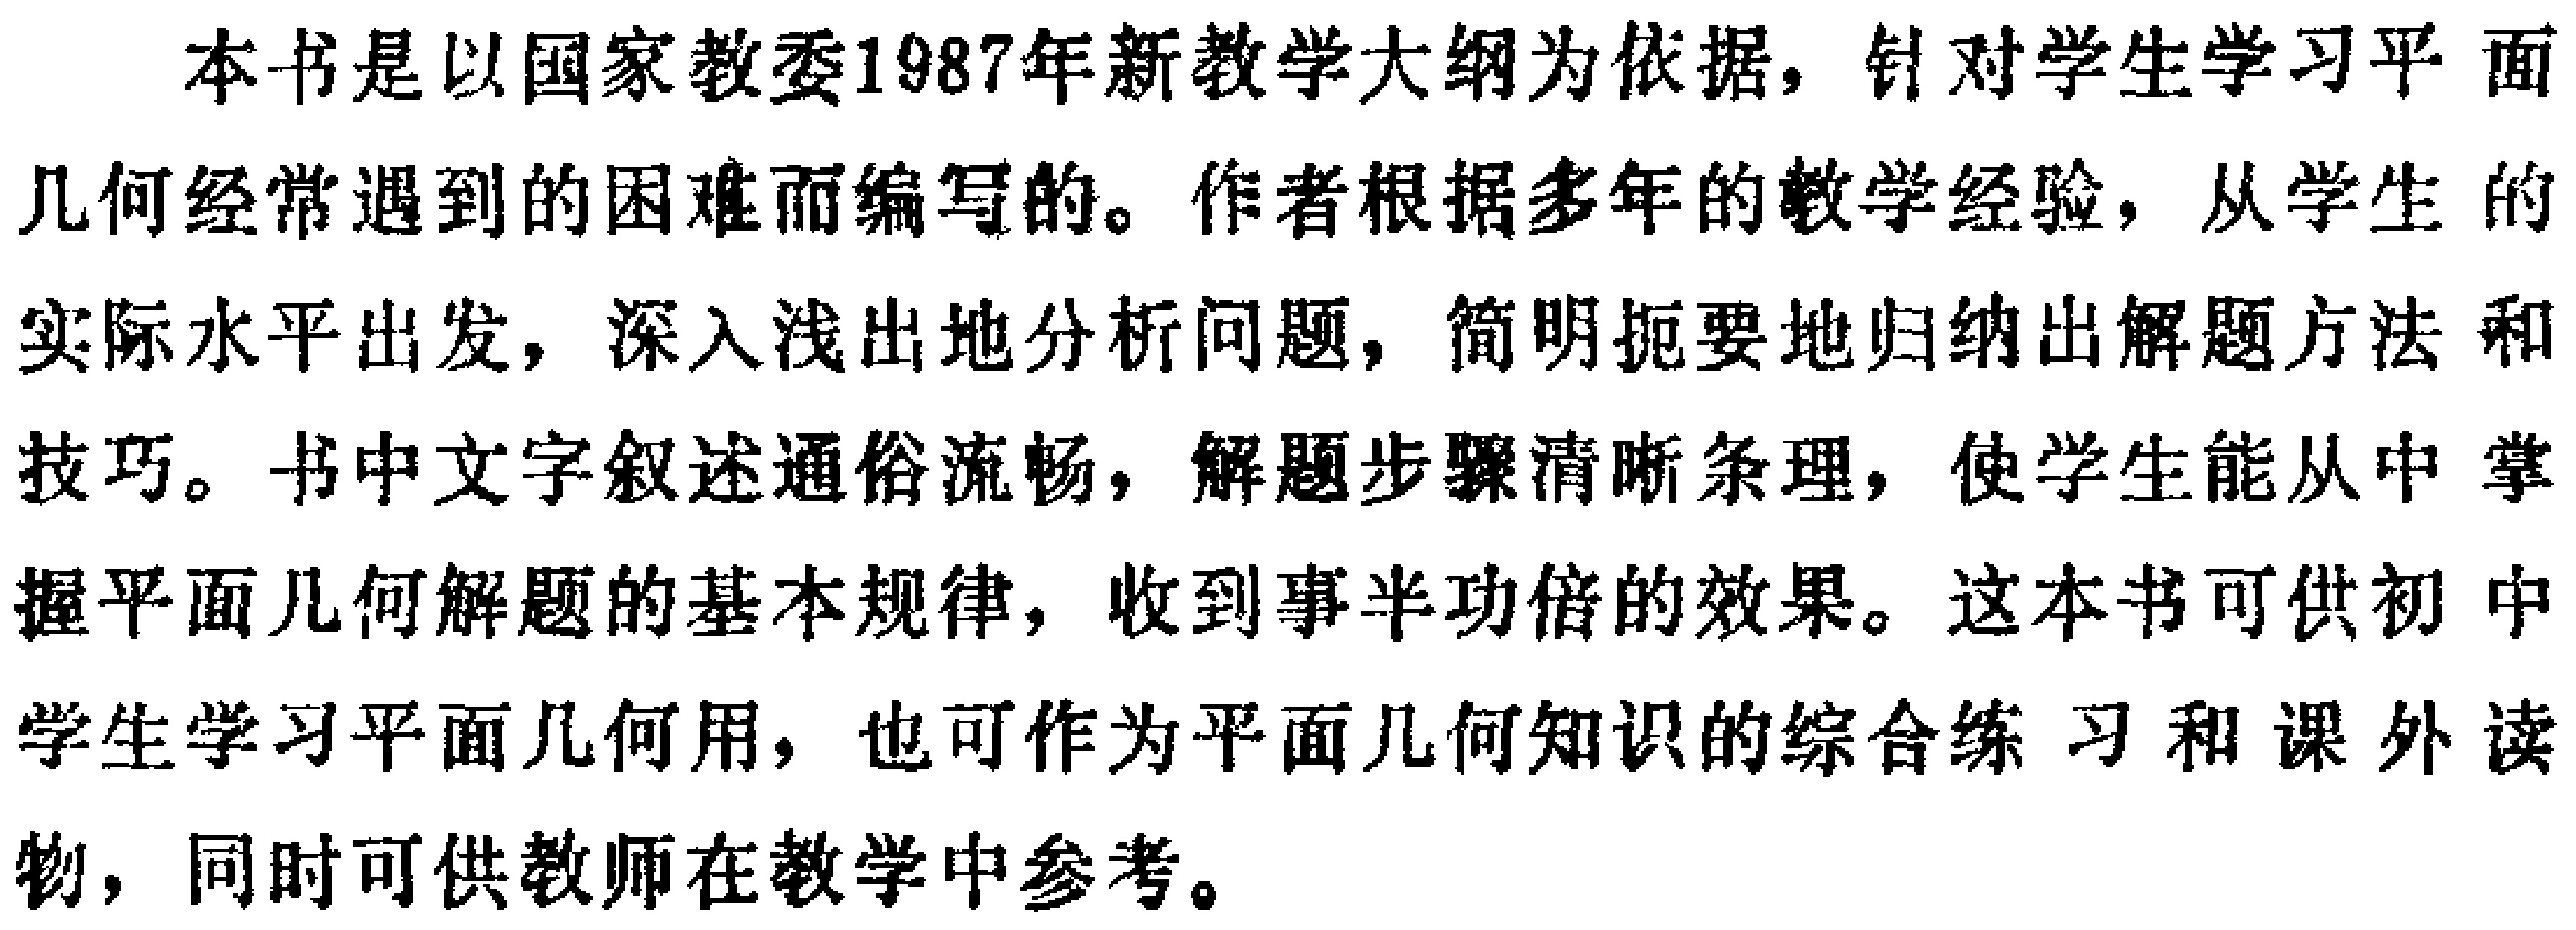
本书是以国家教委1987年新教学大纲为依据，针对学生学习平面几何经常遇到的困难而编写的。作者根据多年的教学经验，从学生的实际水平出发，深入浅出地分析问题，简明扼要地归纳出解题方法和技巧。书中文字叙述通俗流畅，解题步骤清晰条理，使学生能从中掌握平面几何解题的基本规律，收到事半功倍的效果。这本书可供初中学生学习平面几何用，也可作为平面几何知识的综合练习和课外读物，同时可供教师在教学中参考。